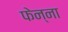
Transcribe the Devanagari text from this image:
फेन्ना